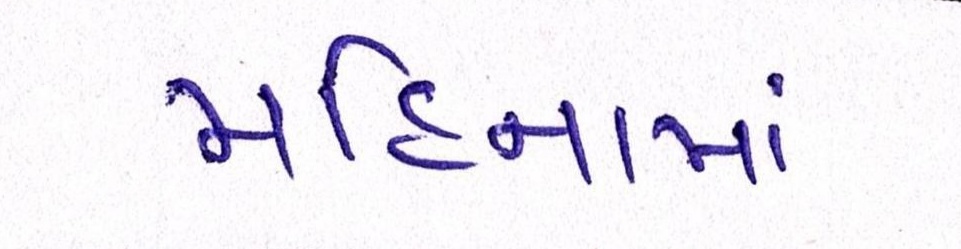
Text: મહિનામાં